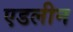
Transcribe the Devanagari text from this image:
एडलीन